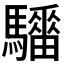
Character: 𱄺